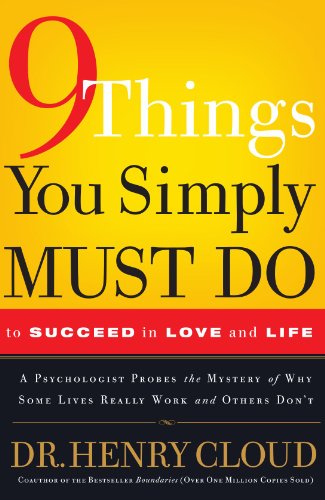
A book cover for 9 Things You Simply Must Do to Succeed in Love and Life: A Psychologist Learns from His Patients What Really Works and What Doesn't; Henry Cloud; Christian Books & Bibles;